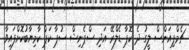
ޗެމްޕިއަންސް ލީގު ދެ ކޮޕާ ޑެލްރޭ އަދި ސްޕެނިޝް ސުޕާ ކަޕް ކާމިޔާބުކޮށްފައިވާ